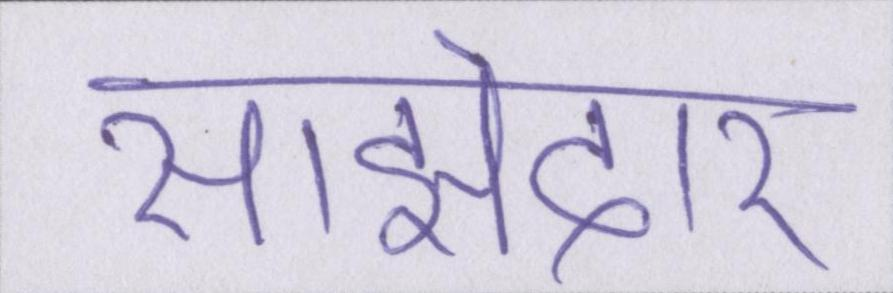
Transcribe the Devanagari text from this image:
साझेदार